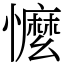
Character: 懡